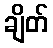
ချိတ်